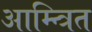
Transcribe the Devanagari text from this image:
आम्न्त्रित